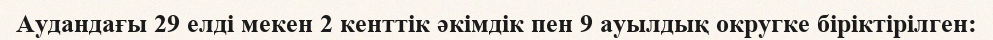
Аудандағы 29 елді мекен 2 кенттік әкімдік пен 9 ауылдық округке біріктірілген: